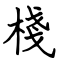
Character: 棧